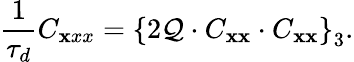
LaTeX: \frac{1}{\tau_{d}}C_{\mathbf xxx}=\left\lbrace 2{\cal Q}\cdot C_{{\mathbf x}{\mathbf x}}\cdot C_{{\mathbf x}{\mathbf x}}\right\rbrace_{3}.